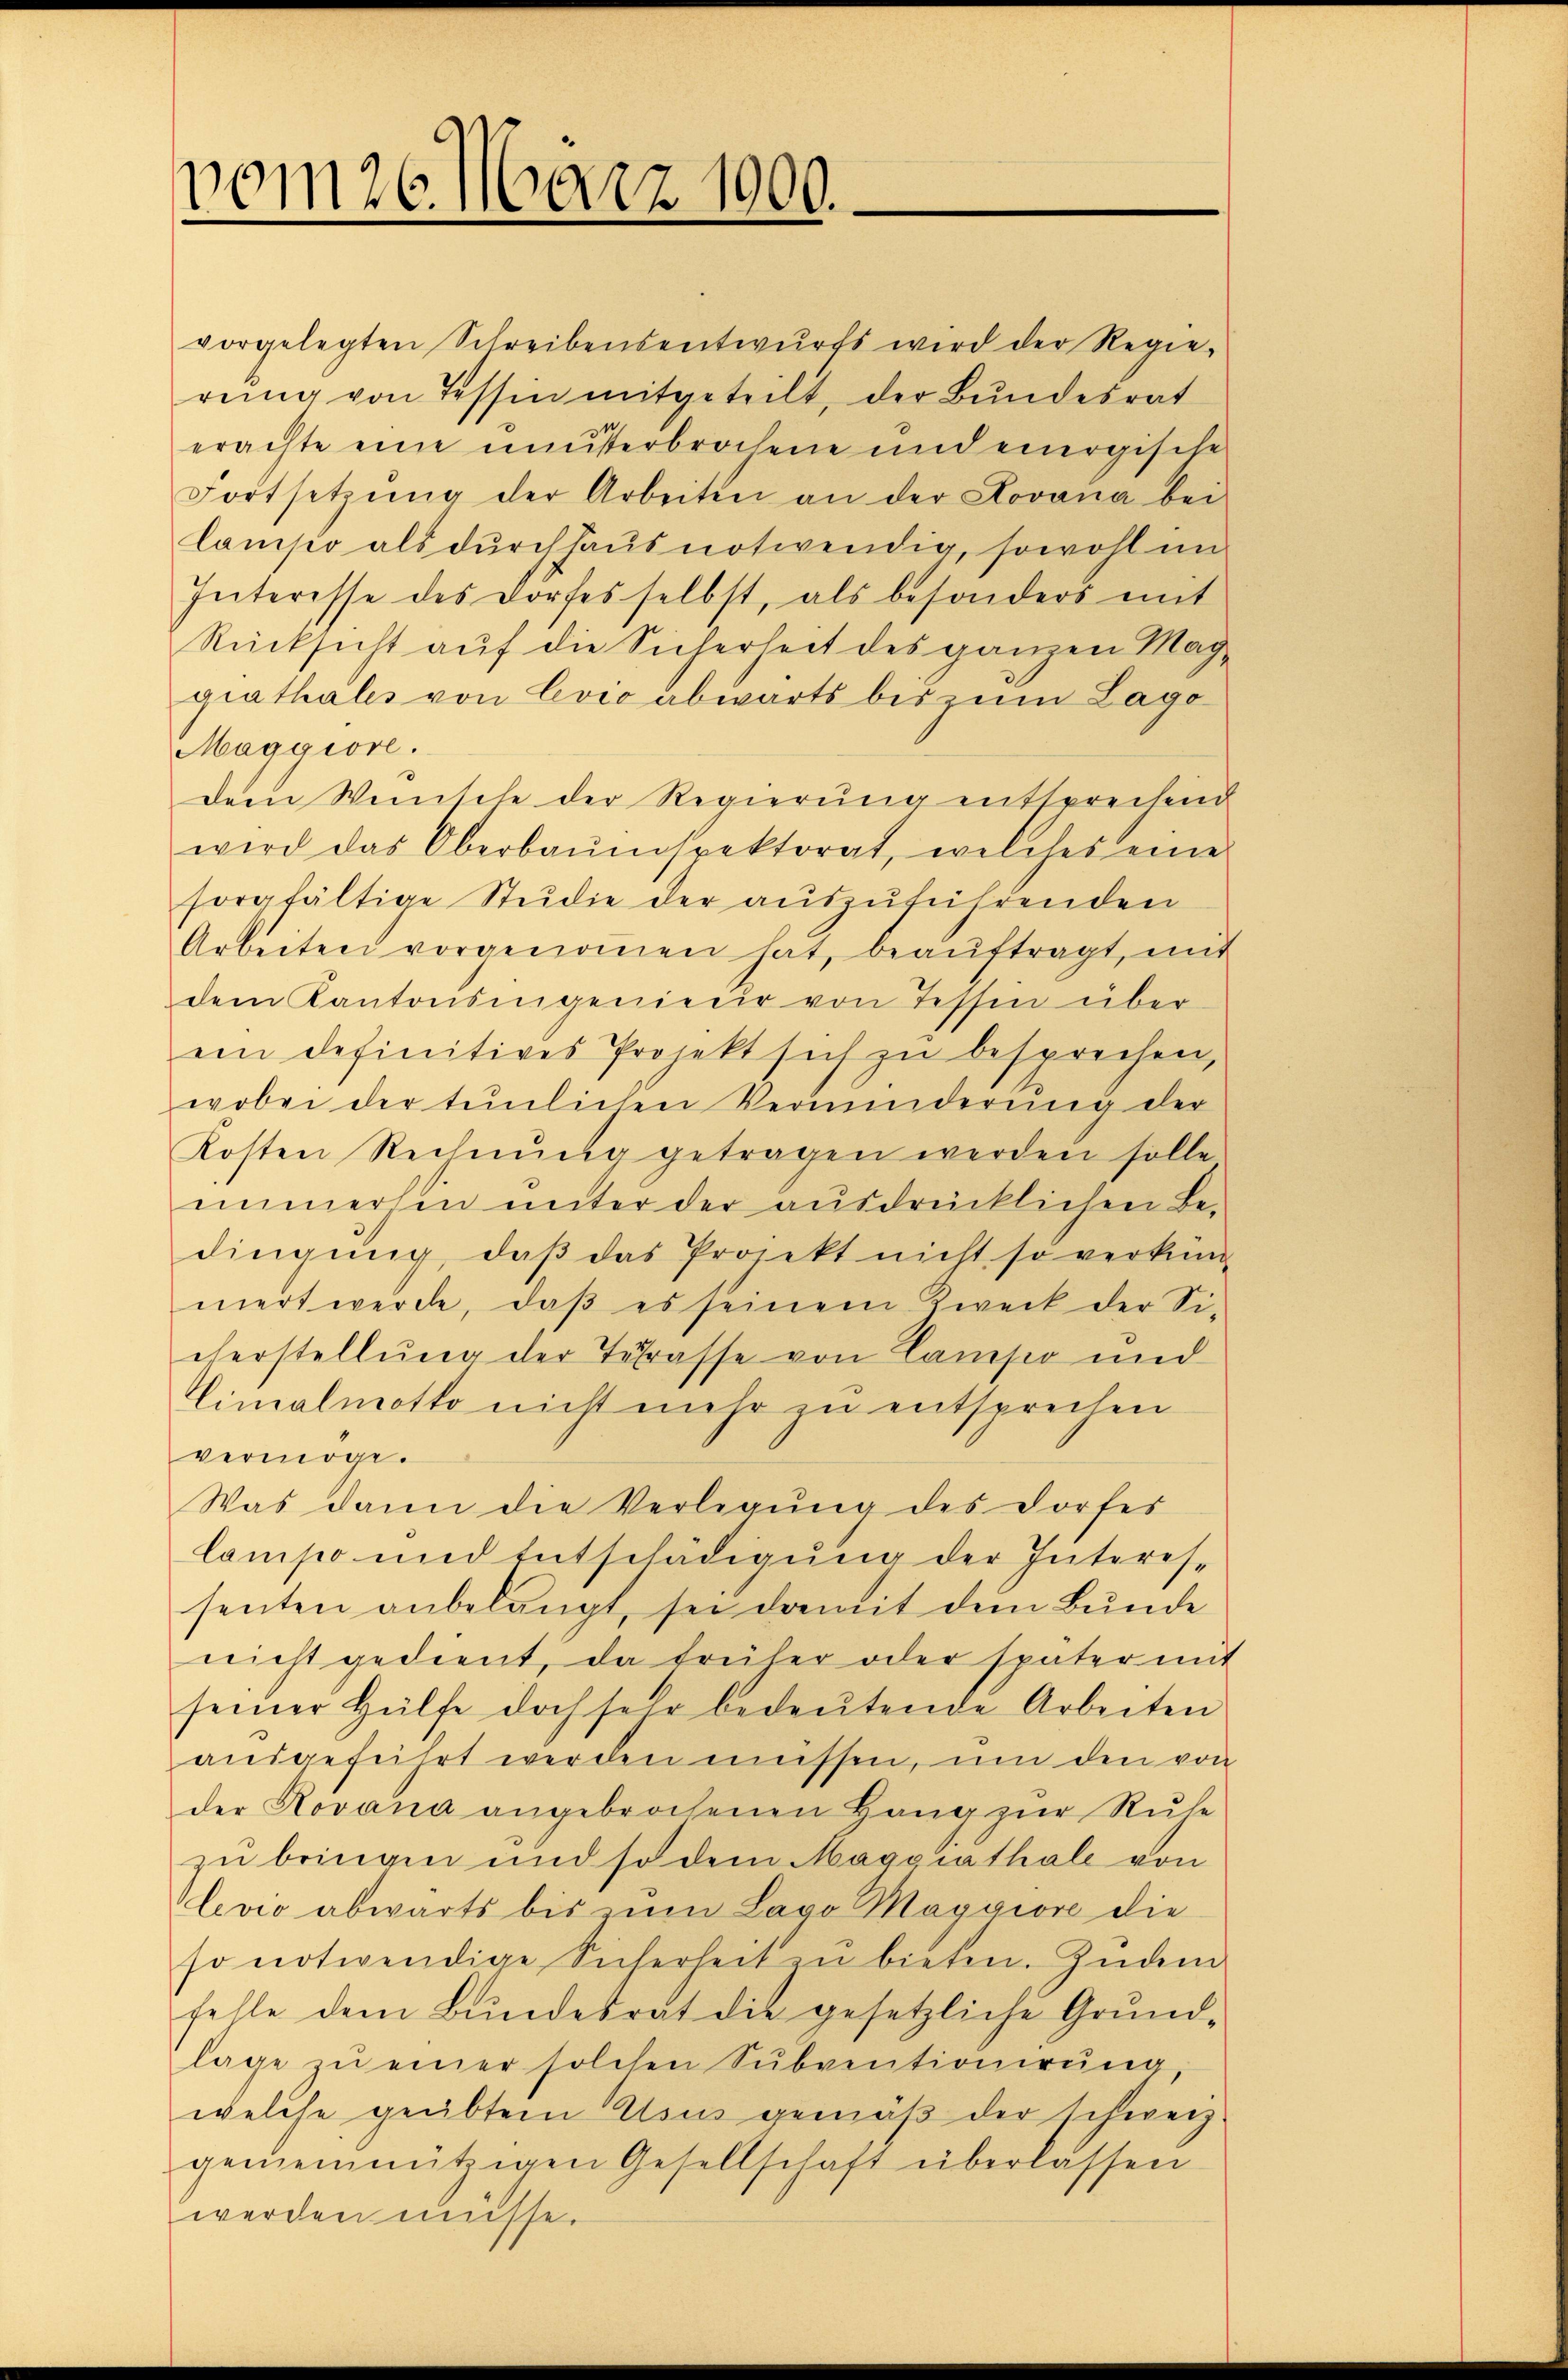
vom 26. März 1900.

vorgelegten Schreibensentwŭrfs wird der Regie-
rŭng von Tessin mitgeteilt, der Bundesrat
erachte eine unterbrochene und eingische
Fortsetzŭng der Arbeiten an der Jovana bei
lanisio als durchhaus notwendig, sowohl im
Interesse des Dorfes selbst, als besonders mit
Rücksicht aŭf die Sicherheit des ganzen Mag-
giathales von Coco abwärts bis zum Lago
Maggiore.
dem Wünsche der Regierung entsprechend
wird das Oberbaŭespektorat, welches eine
sorgfältige Studie der auszuführenden
Arbeiten vorgenommen hat, beaŭftragt, mit
dem Kantonsingenieur von Tessin über
ein definitives Projekt sich zŭ besprechen,
wobei der teilichen Verminderŭng der
Kosten Rechnŭng getragen werden solle
immerhin unter der ausdrücklichen Bedingung, daß das Projekt nicht so verkün
nert werde, daβ es seinem Zweck der Si-
cherstellung der Terasse von Campo und
Vimalmotto nicht mehr zu entsprechen
vermöge.
Was dann die Verlegŭng des Dorfes
lampo und Entschädigung der Interes-
senten anbelangt, sei damit dem Bunde
nicht gedient, da früher oder später mit
seiner Hülfe doch sehr bedeŭtende Arbeiten
aŭsgeführt werden müssen, um den von
der Rovana angebrochenen Hang zur Ruhe
zu bringen und so dem Maggrathale von
levio abwärts bis um Lago Maggiore die
so notwendige Sicherheit in bieten. Zŭdem
fehle dem Bundesrät die gesetzliche Grund-
lage zŭ einer solchen Sŭbventionirung,
welche geübtern Usus gemäß der schweiz.
gemeinnützigen Gesellschaft überlassen
werden müsse.